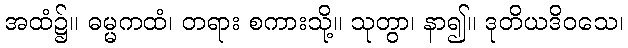
အထံ၌။ ဓမ္မကထံ၊ တရား စကားသို့။ သုတွာ၊ နာ၍။ ဒုတိယဒိဝသေ၊